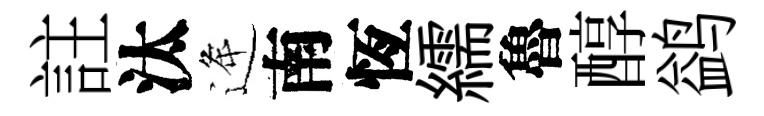
註汰逄南恆繻魯醇鹢